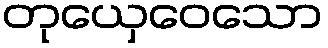
တုယှေဝေသော